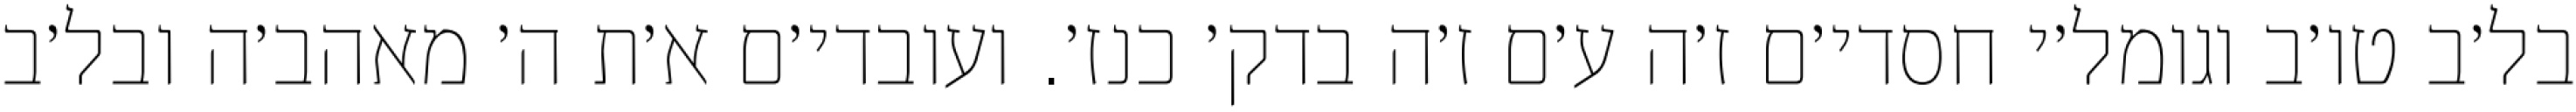
בל׳ב טו׳ב וגומל׳י חסדי׳ם ז׳ה ע׳ם ז׳ה בדק׳ כנז׳. ועובדי׳ם א׳ת ה׳ מאהב׳ה ובל׳ב